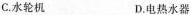
C.水轮机 D.电热水器